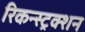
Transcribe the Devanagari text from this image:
रिकन्स्ट्रक्शन